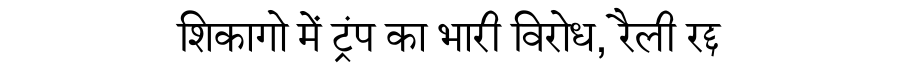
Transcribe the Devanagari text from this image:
शिकागो में ट्रंप का भारी विरोध, रैली रद्द